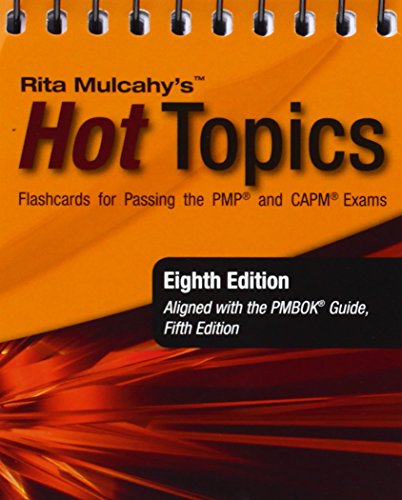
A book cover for Rita Mulcahy's Hot Topics Flashcards for Passing the PMP and CAPM Exams; Rita Mulcahy; Test Preparation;